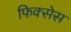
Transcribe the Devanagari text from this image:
फिक्सेस